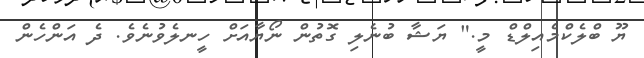
ޔޫ ބްލެކްމެއިލްޑް މީ." ޔަޝާ ބުނެލި ގޮތުން ނޯޔާއަށް ހީނލެވުނެވެ. ދެ އަންހެން